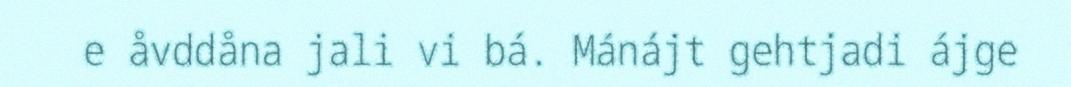
e åvddåna jali vi bá. Mánájt gehtjadi ájge